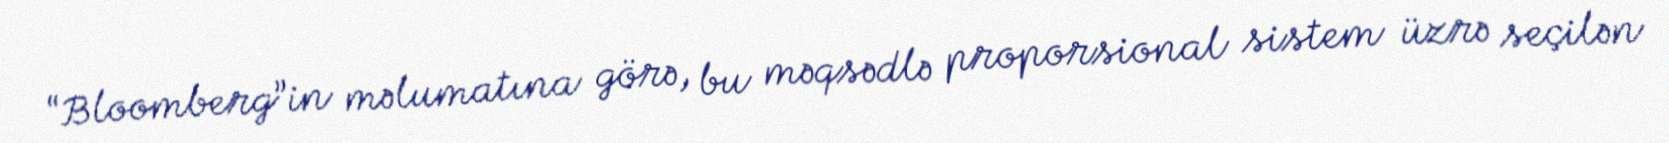
“Bloomberg”in məlumatına görə, bu məqsədlə proporsional sistem üzrə seçilən